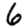
Digit: 6